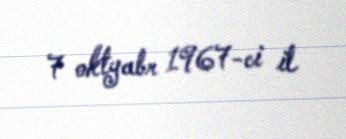
7 oktyabr 1967-ci il